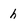
Character: h